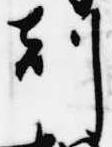
刻